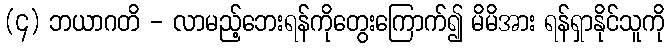
(၄) ဘယာဂတိ - လာမည့်ဘေးရန်ကိုတွေးကြောက်၍ မိမိအား ရန်ရှာနိုင်သူကို